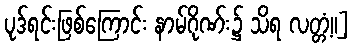
ပုဒ်ရင်းဖြစ်ကြောင်း နာမ်ဂိုဏ်း၌ သိရ လတ္တံ့။]